Annual statistical returns and brief notes on vaccination in Bengal - 1909-1929
Year: 1909
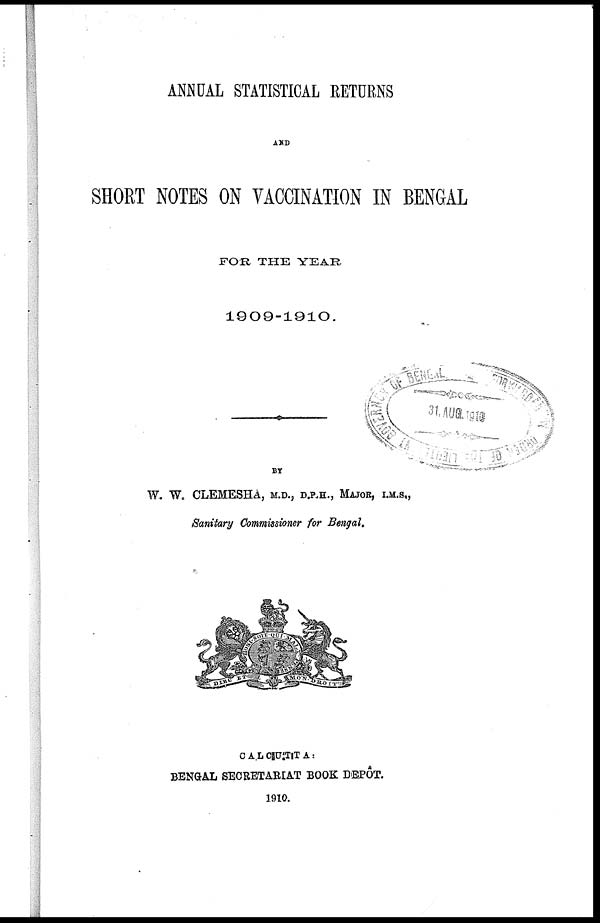
ANNUAL STATISTICAL RETURNS
AND
SHORT NOTES ON VACCINATION IN BENGAL
FOR THE YEAR
1909-1910.
BY
W. W. CLEMESHA, M.D., D.P.H., MAJOR, I.M.S.,
Sanitary Commissioner for Bengal.
CALCUTTA :
BENGAL SECRETARIAT BOOK DEPÔT.
1910.